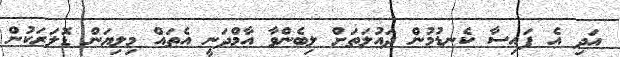
އަދި އެ ފައިސާ ކެނޑުމުން ދައުލަތަށް ލިބެންވާ އާމްދަނީ އެތައް މިލިޔަން ޑޮލަރަކުން